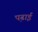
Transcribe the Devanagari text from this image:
प़ढाई